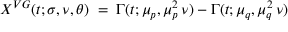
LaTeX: X ^ { V G } ( t ; \sigma , \nu , \theta ) \; = \; \Gamma ( t ; \mu _ { p } , \mu _ { p } ^ { 2 } \, \nu ) - \Gamma ( t ; \mu _ { q } , \mu _ { q } ^ { 2 } \, \nu )